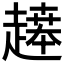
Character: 𬦙